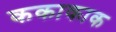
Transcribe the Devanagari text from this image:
ककाकाक